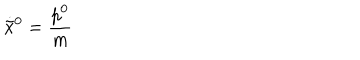
\dot { \tilde { x } } { } ^ { 0 } = \frac { p ^ { 0 } } { m }